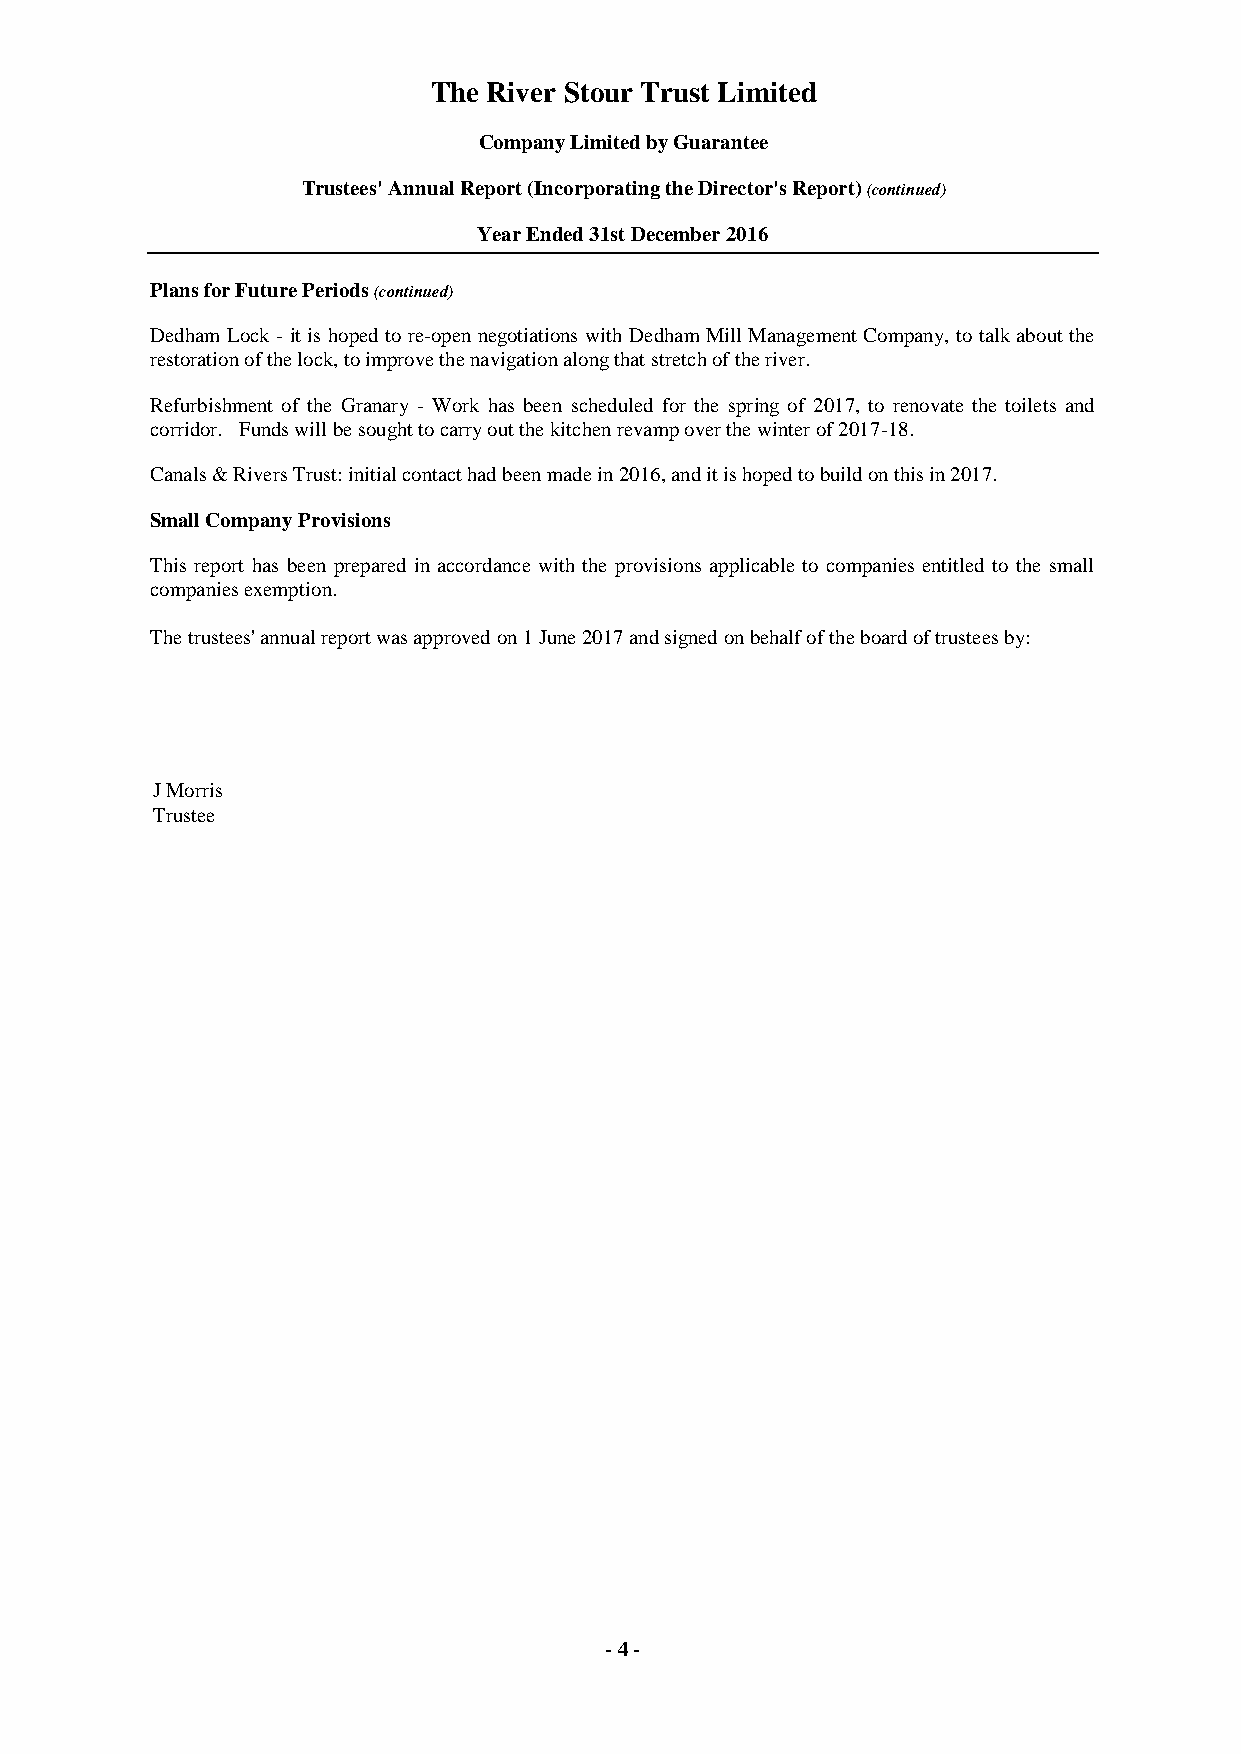
The River Stour Trust Limited
 Company Limited by Guarantee
 Trustees' Annual Report (Incorporating the Director's Report) (continued)
 Year Ended 31st December 2016
 Plans for Future Periods (continued)
 Dedham Lock - it is hoped to re-open negotiations with Dedham Mill Management Company, to talk about the
 restoration of the lock, to improve the navigation along that stretch of the river.
 Refurbishment of the Granary - Work has been scheduled for the spring of 2017, to renovate the toilets and
 corridor. Funds will be sought to carry out the kitchen revamp over the winter of 2017-18.
 Canals & Rivers Trust: initial contact had been made in 2016, and it is hoped to build on this in 2017.
 Small Company Provisions
 This report has been prepared in accordance with the provisions applicable to companies entitled to the small
 companies exemption.
 The trustees' annual report was approved on 1 June 2017 and signed on behalf of the board of trustees by:
 J Morris
 Trustee
 - 4 -